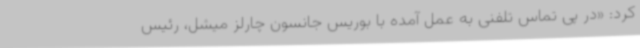
کرد: «در پی تماس تلفنی به عمل آمده با بوریس جانسون چارلز میشل، رئیس